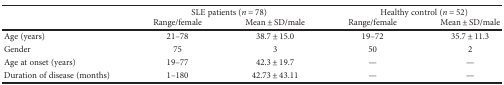
<table><thead><tr><td></td><td colspan="2"><b>SLE patients (<i>n</i> = 78)</b></td><td colspan="2"><b>Healthy control (<i>n</i> = 52)</b></td></tr><tr><td></td><td><b>Range/female</b></td><td><b>Mean ± SD/male</b></td><td><b>Range/female</b></td><td><b>Mean ± SD/male</b></td></tr></thead><tbody><tr><td>Age (years)</td><td>21–78</td><td>38.7 ± 15.0</td><td>19–72</td><td>35.7 ± 11.3</td></tr><tr><td>Gender</td><td>75</td><td>3</td><td>50</td><td>2</td></tr><tr><td>Age at onset (years)</td><td>19–77</td><td>42.3 ± 19.7</td><td>—</td><td>—</td></tr><tr><td>Duration of disease (months)</td><td>1–180</td><td>42.73 ± 43.11</td><td>—</td><td>—</td></tr></tbody></table>